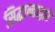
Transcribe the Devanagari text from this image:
सिद्धान्ताद्वारे